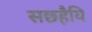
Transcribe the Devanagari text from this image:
सछ्हैयि